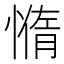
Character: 𰒇